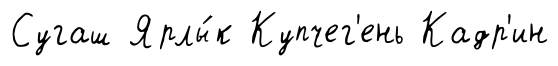
Сугаш Ярлы́к Купчег'ень Кадр'ин